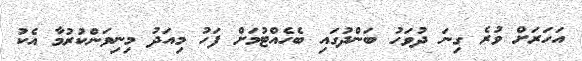
އަހަރަށް ވުރެ ގިނަ ދުވަހު ބަންދުގައި ބެހެއްޓުމަށް ފަހު މިއަދު މިނިވަންކުރުމާ އެކު